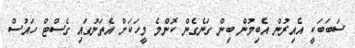
ސަބަބަކީ އެއިރުން އެބިމުން ބިން ގަނެގެން ކޮންމެ މީހަކަށް އެތަނުގައި ގެސްޓް ހައުސް